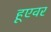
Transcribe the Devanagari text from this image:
हूएवर